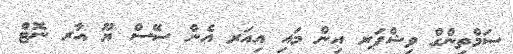
ސަމްތިންގް ވިޝްޕަރ އިން މައި އިއަރ އެން ސޭސް ޔޫ އާރ ނޮޓް